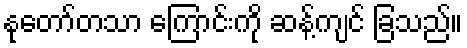
နုတော်တသာ ကြောင်းကို ဆန့်ကျင် ခြသည်။